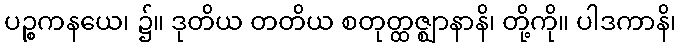
ပဉ္စကနယေ၊ ၌။ ဒုတိယ တတိယ စတုတ္ထဇ္ဈာနာနိ၊ တို့ကို။ ပါဒကာနိ၊